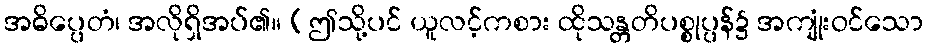
အဓိပ္ပေတံ၊ အလိုရှိအပ်၏။ (ဤသို့ပင် ယူလင့်ကစား ထိုသန္တတိပစ္စုပ္ပန်၌ အကျုံးဝင်သော